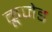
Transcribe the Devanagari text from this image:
क्रूजेड